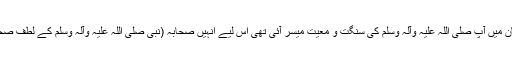
اس خوش بخت طبقے کو چونکہ حالتِ ایمان میں آپ صلی اللہ علیہ وآلہ وسلم کی سنگت و معیت میسر آئی تھی اس لیے انہیں صحابہ (نبی صلی اللہ علیہ وآلہ وسلم کے لطفِ صحبت سے مستفید ہونے والے) کہا جاتا ہے۔